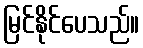
မြင်နိုင်ပေသည်။